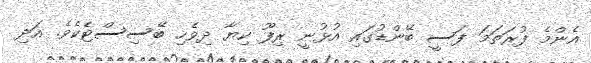
އެންމެ ފުރަތަމަ ފަސީ ބޭންޑުގައި އުޅުނީ ރިފޫ ކިޔާ ދިވެހި ބޭސިސްޓެކެވެ. އަދި